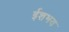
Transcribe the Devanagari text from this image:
ईशभय